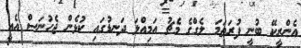
އެންރީކޭ ބުނީ ފުރަތަމަ ލެގްގެ މެޗު އަމިއްލަ ދަނޑުގައި ކުޅެން ޖެހުނަސް އެއީ